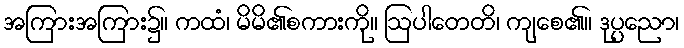
အကြားအကြား၌။ ကထံ၊ မိမိ၏စကားကို။ ဩပါတေတိ၊ ကျစေ၏။ ဒုပ္ပညော၊